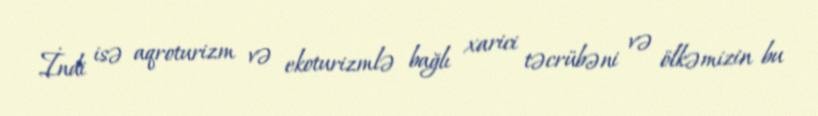
İndi isə aqroturizm və ekoturizmlə bağlı xarici təcrübəni və ölkəmizin bu